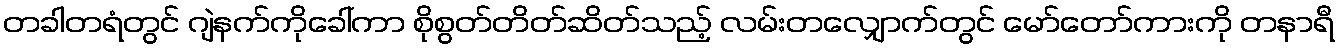
တခါတရံတွင် ဂျဲနက်ကိုခေါ်ကာ စိုစွတ်တိတ်ဆိတ်သည့် လမ်းတလျှောက်တွင် မော်တော်ကားကို တနာရီ